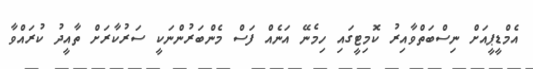
އެމްޑީޕީއަށް ނިސްބަތްވާއިރު ކޮމިޓީގައި ހިމެނޭ އަނެއް ފަސް މެންބަރުންނަކީ ސަރުކާރަށް ތާއީދު ކުރައްވާ